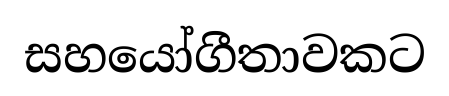
සහයෝගීතාවකට